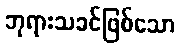
ဘုရားသခင်ဖြစ်သော